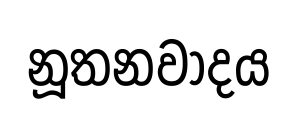
නූතනවාදය